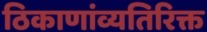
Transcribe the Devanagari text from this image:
ठिकाणांव्यतिरिक्त